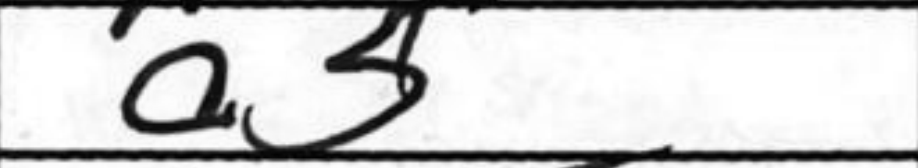
Transcription: a5